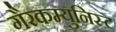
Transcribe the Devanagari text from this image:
गैरकम्युनिस्ट